Report on lock hospitals in British Burma
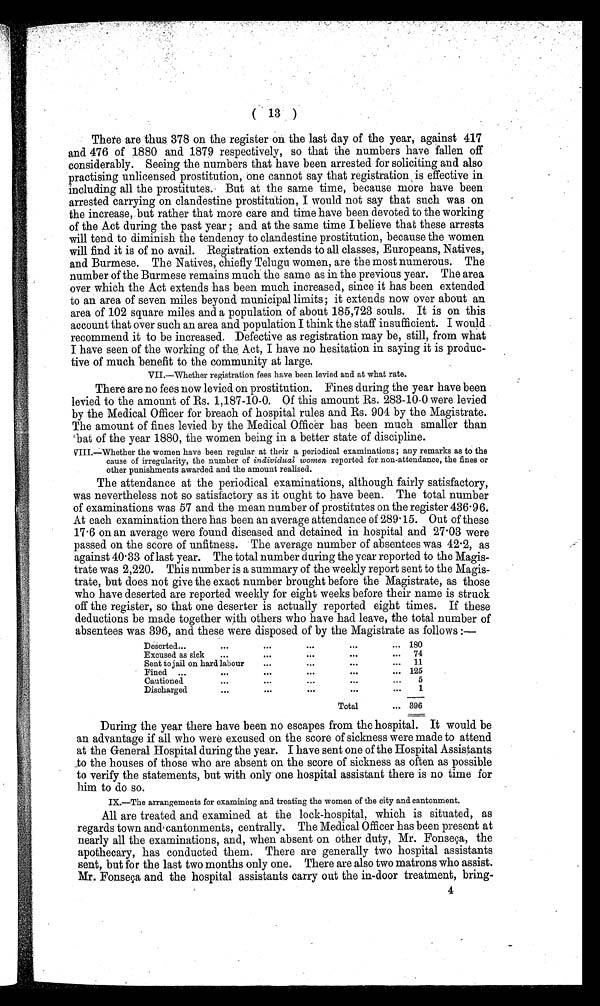
( 13 )
There are thus. 378 on the register on the last day of the year, against 417
and 476 of 1880 and 1879 respectively, so that the numbers have fallen off
considerably. Seeing the numbers that have been arrested for soliciting and also
practising unlicensed prostitution, one cannot say that registration is effective in
including all the prostitutes. But at the same time, because more have been
arrested carrying on clandestine prostitution, I would not say that such was on
the increase, but rather that more care and time have been devoted to the working
of the Act during the past year ; and at the same time I believe that these arrests
will tend to diminish the tendency to clandestine prostitution, because the women
will find it is of no avail. Registration extends to all classes, Europeans, Natives,
and Burmese. The Natives, chiefly Telugu women, are the most numerous. The
number of the Burmese remains much the same as in the previous year. The area
over which the Act extends has been much increased, since it has been extended
to an area of seven miles beyond municipal limits; it extends now over about an
area of 102 square miles and a population of about 185,723 souls. It is on this
account that over such an area and population I think the staff insufficient. I would
recommend it to be increased. Defective as registration may be, still, from what
I have seen of the working of the. Act, I have no hesitation in saying it is produc-
tive of much benefit to the community at large.
VII.—Whether re gistration fees have been levied and at what rate.
There are no fees now levied on prostitution. Fines during the year have been
levied to the amount of Rs. 1,187-10-0. Of this amount Rs. 283-10-0.were levied
by the Medical Officer for breach of hospital rules and Rs. 904 by the Magistrate.
The amount of fines levied by the Medical Officer has been much smaller than
'bat of the year 1880, the women being in a better state of discipline.
VIII.—Whether the women have been regular at their a periodical examinations ; any remarks as to the
cause of irregularity, the number of individual women reported for non-attendance, the fines or
other punishments awarded and the amount realised.
The attendance at the periodical examinations, although fairly satisfactory,
was nevertheless not so satisfactory as it ought to have been. The total number
of examinations was 57 and the mean number of prostitutes on the register 436.96.
At each examination there has been an average attendance of 289 . 15. Out of these
17 . 6 on an average were found diseased and detained in hospital and 27 . 03 were
passed on the score of unfitness. The average number of absentees was 42 . 2, as
against 40 . 33 of last year. The total number during the year reported to the Magis-
trate was 2,220. This number is a summary of the weekly report sent to the Magis-
trate, but does not give the exact number brought before the Magistrate, as those
who have deserted are reported weekly for eight weeks before their name is struck
off the register, so that one deserter is actually reported eight times. If these
deductions be made together with others who have had leave, the total number of
absentees was 396, and these were disposed of by the Magistrate as follows
Deserted...
...
...
. . .
. . .
... 180
Excused as sick
...
. . .
. . .
. . .
...
74
Sent to jail on hard labour
...
. . .
. . .
...
11
Fined ...
...
. . .
...
...
... 125
Cautioned
...
...
...
. . .
...
5
Discharged
...
-
. . .
...
Total
. . .
...
1
396
During the year there have been no escapes from the hospital. It would be
an advantage if all who were excused on the score of sickness were made to attend
at the General Hospital during the year. I have sent one of the Hospital Assistants
to the houses of those who are absent on the score of sickness as often as possible
to verify the statements, but with only one hospital assistant there is no time for
him to do so.
IX.—The arrangements for examining and treating the women of the city and cantonment.
All are treated and examined at the lock-hospital, which is situated, as
regards town and, cantonments, centrally. The Medical Officer has been present at
nearly all the examinations, and, when absent on other duty, Mr. Fonseca, the
apothecary, has conducted them. There are generally two hospital assistants
sent, but for the last two months only one. There are also two matrons who assist.
Mr. Fonseca and the hospital assistants carry out the in-door treatment, bring-
4